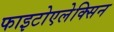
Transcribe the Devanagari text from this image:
फाइटोएलेक्सिन